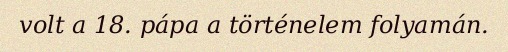
volt a 18. pápa a történelem folyamán.